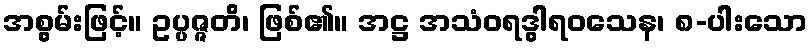
အစွမ်းဖြင့်။ ဥပ္ပဇ္ဇတိ၊ ဖြစ်၏။ အဋ္ဌ အသံဝရဒွါရဝသေန၊ ၈-ပါးသော